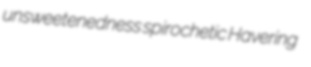
unsweetenedness spirochetic Havering